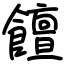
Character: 饘